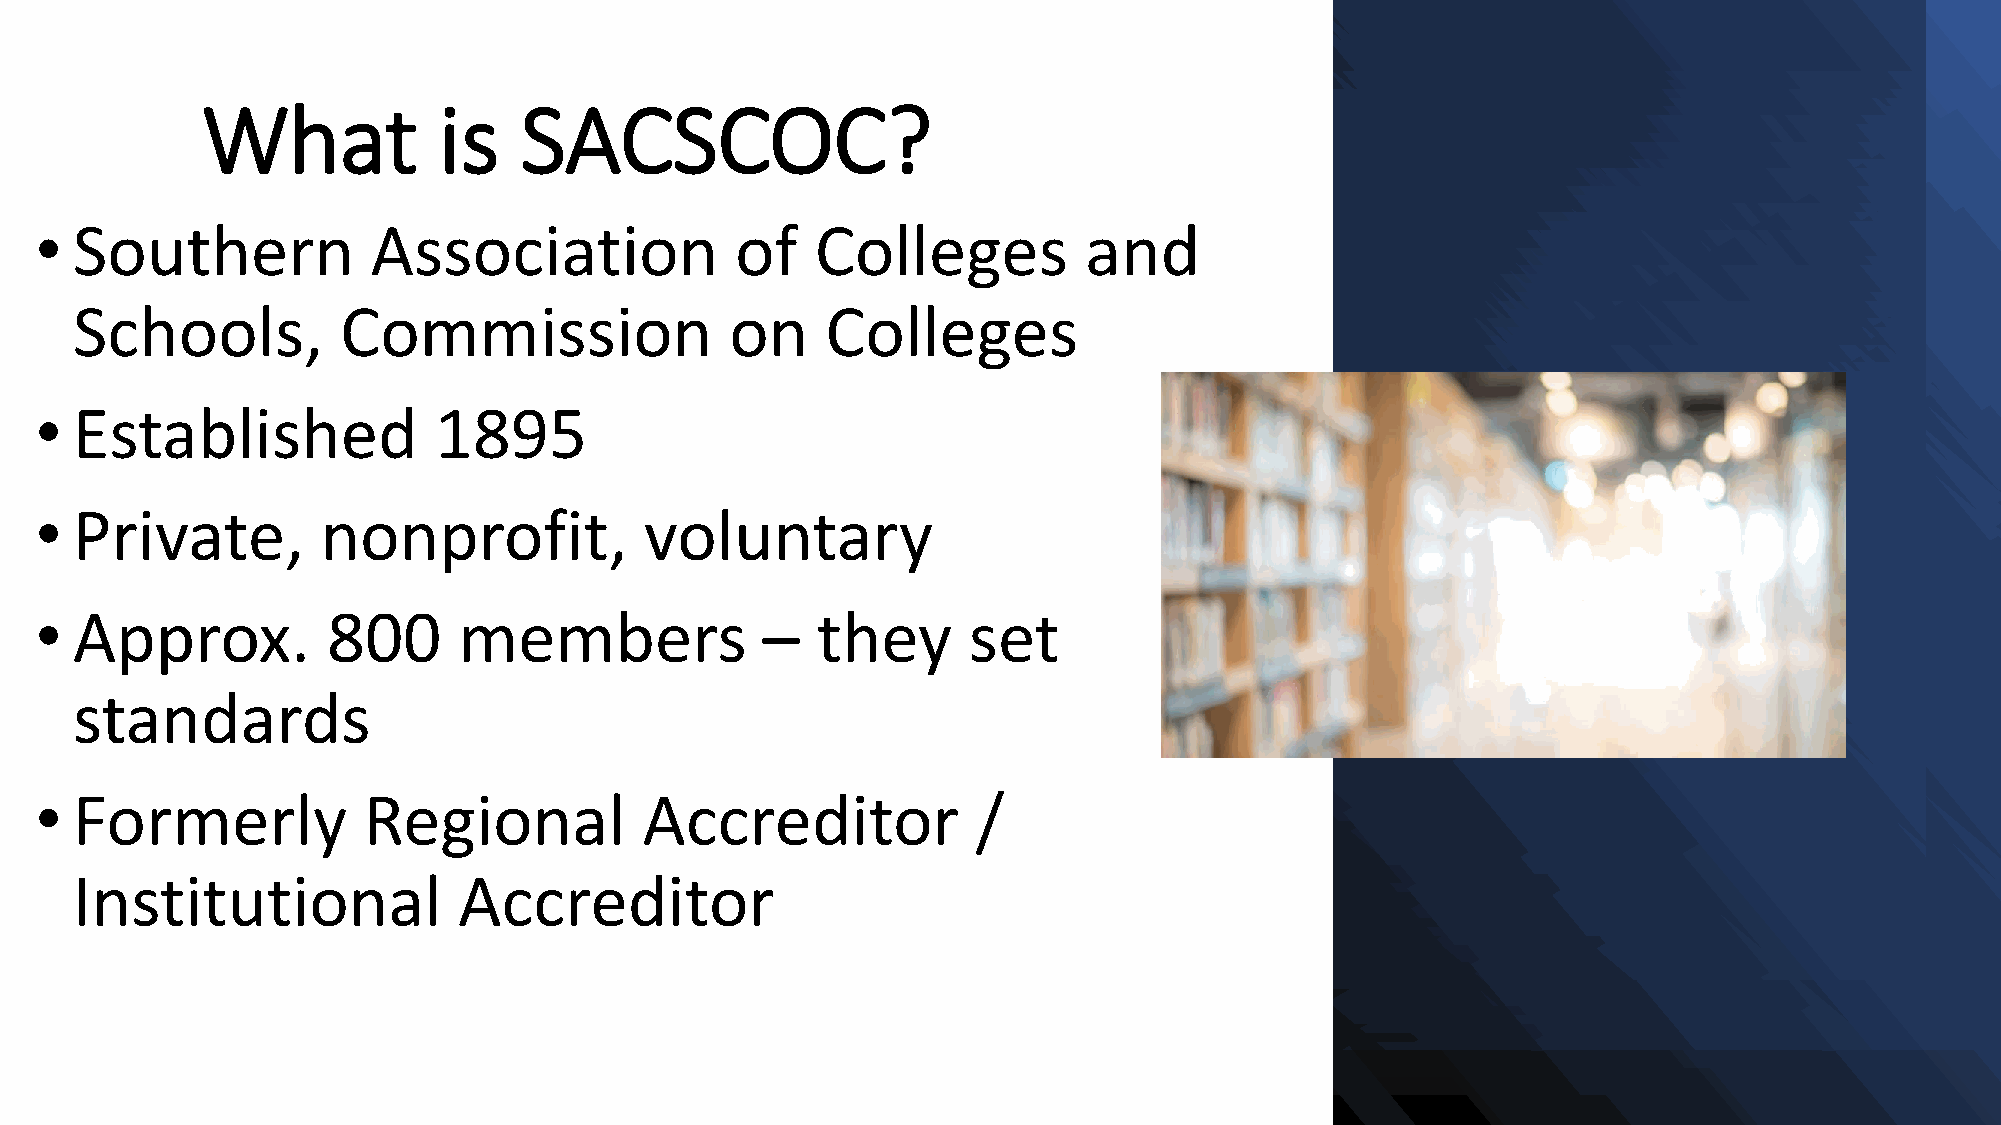
What            is   SACSCOC?
 •  Southern            Association             of   Colleges          and
 Schools,          Commission               on     Colleges
 •  Established             1895
 •  Private,        nonprofit,            voluntary
 •  Approx.          800     members             –   they      set
 standards
 •  Formerly           Regional           Accreditor            /
 Institutional            Accreditor